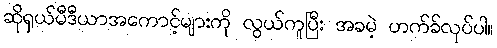
ဆိုရှယ်မီဒီယာအကောင့်များကို လွယ်ကူပြီး အခမဲ့ ဟက်ခ်လုပ်ပါ။